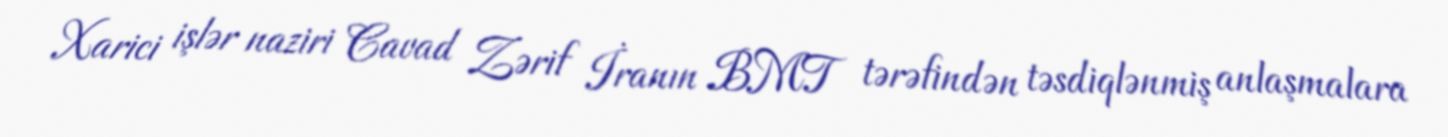
Xarici işlər naziri Cavad Zərif İranın BMT tərəfindən təsdiqlənmiş anlaşmalara